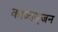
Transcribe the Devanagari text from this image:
काव्यसृजन